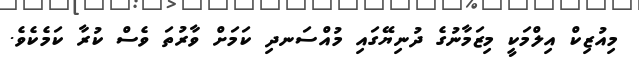
މިއުޒިކް އިލްމަކީ މިޒަމާނުގެ ދުނިޔޭގައި މުއްސަނދި ކަމަށް ވާރުތަ ވެސް ކުރާ ކަމެކެވެ.